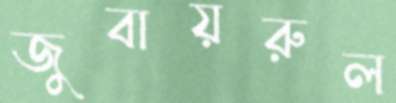
জুবায়রুল